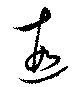
遐